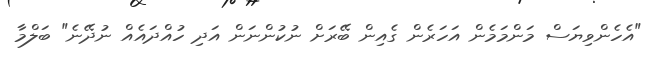
"އެހެންވިޔަސް މަންމަމެން އަހަރެން ގެއިން ބޭރަށް ނުކުންނަން އަދި ހުއްދައެއް ނުދޭނެ" ބަލްމާ